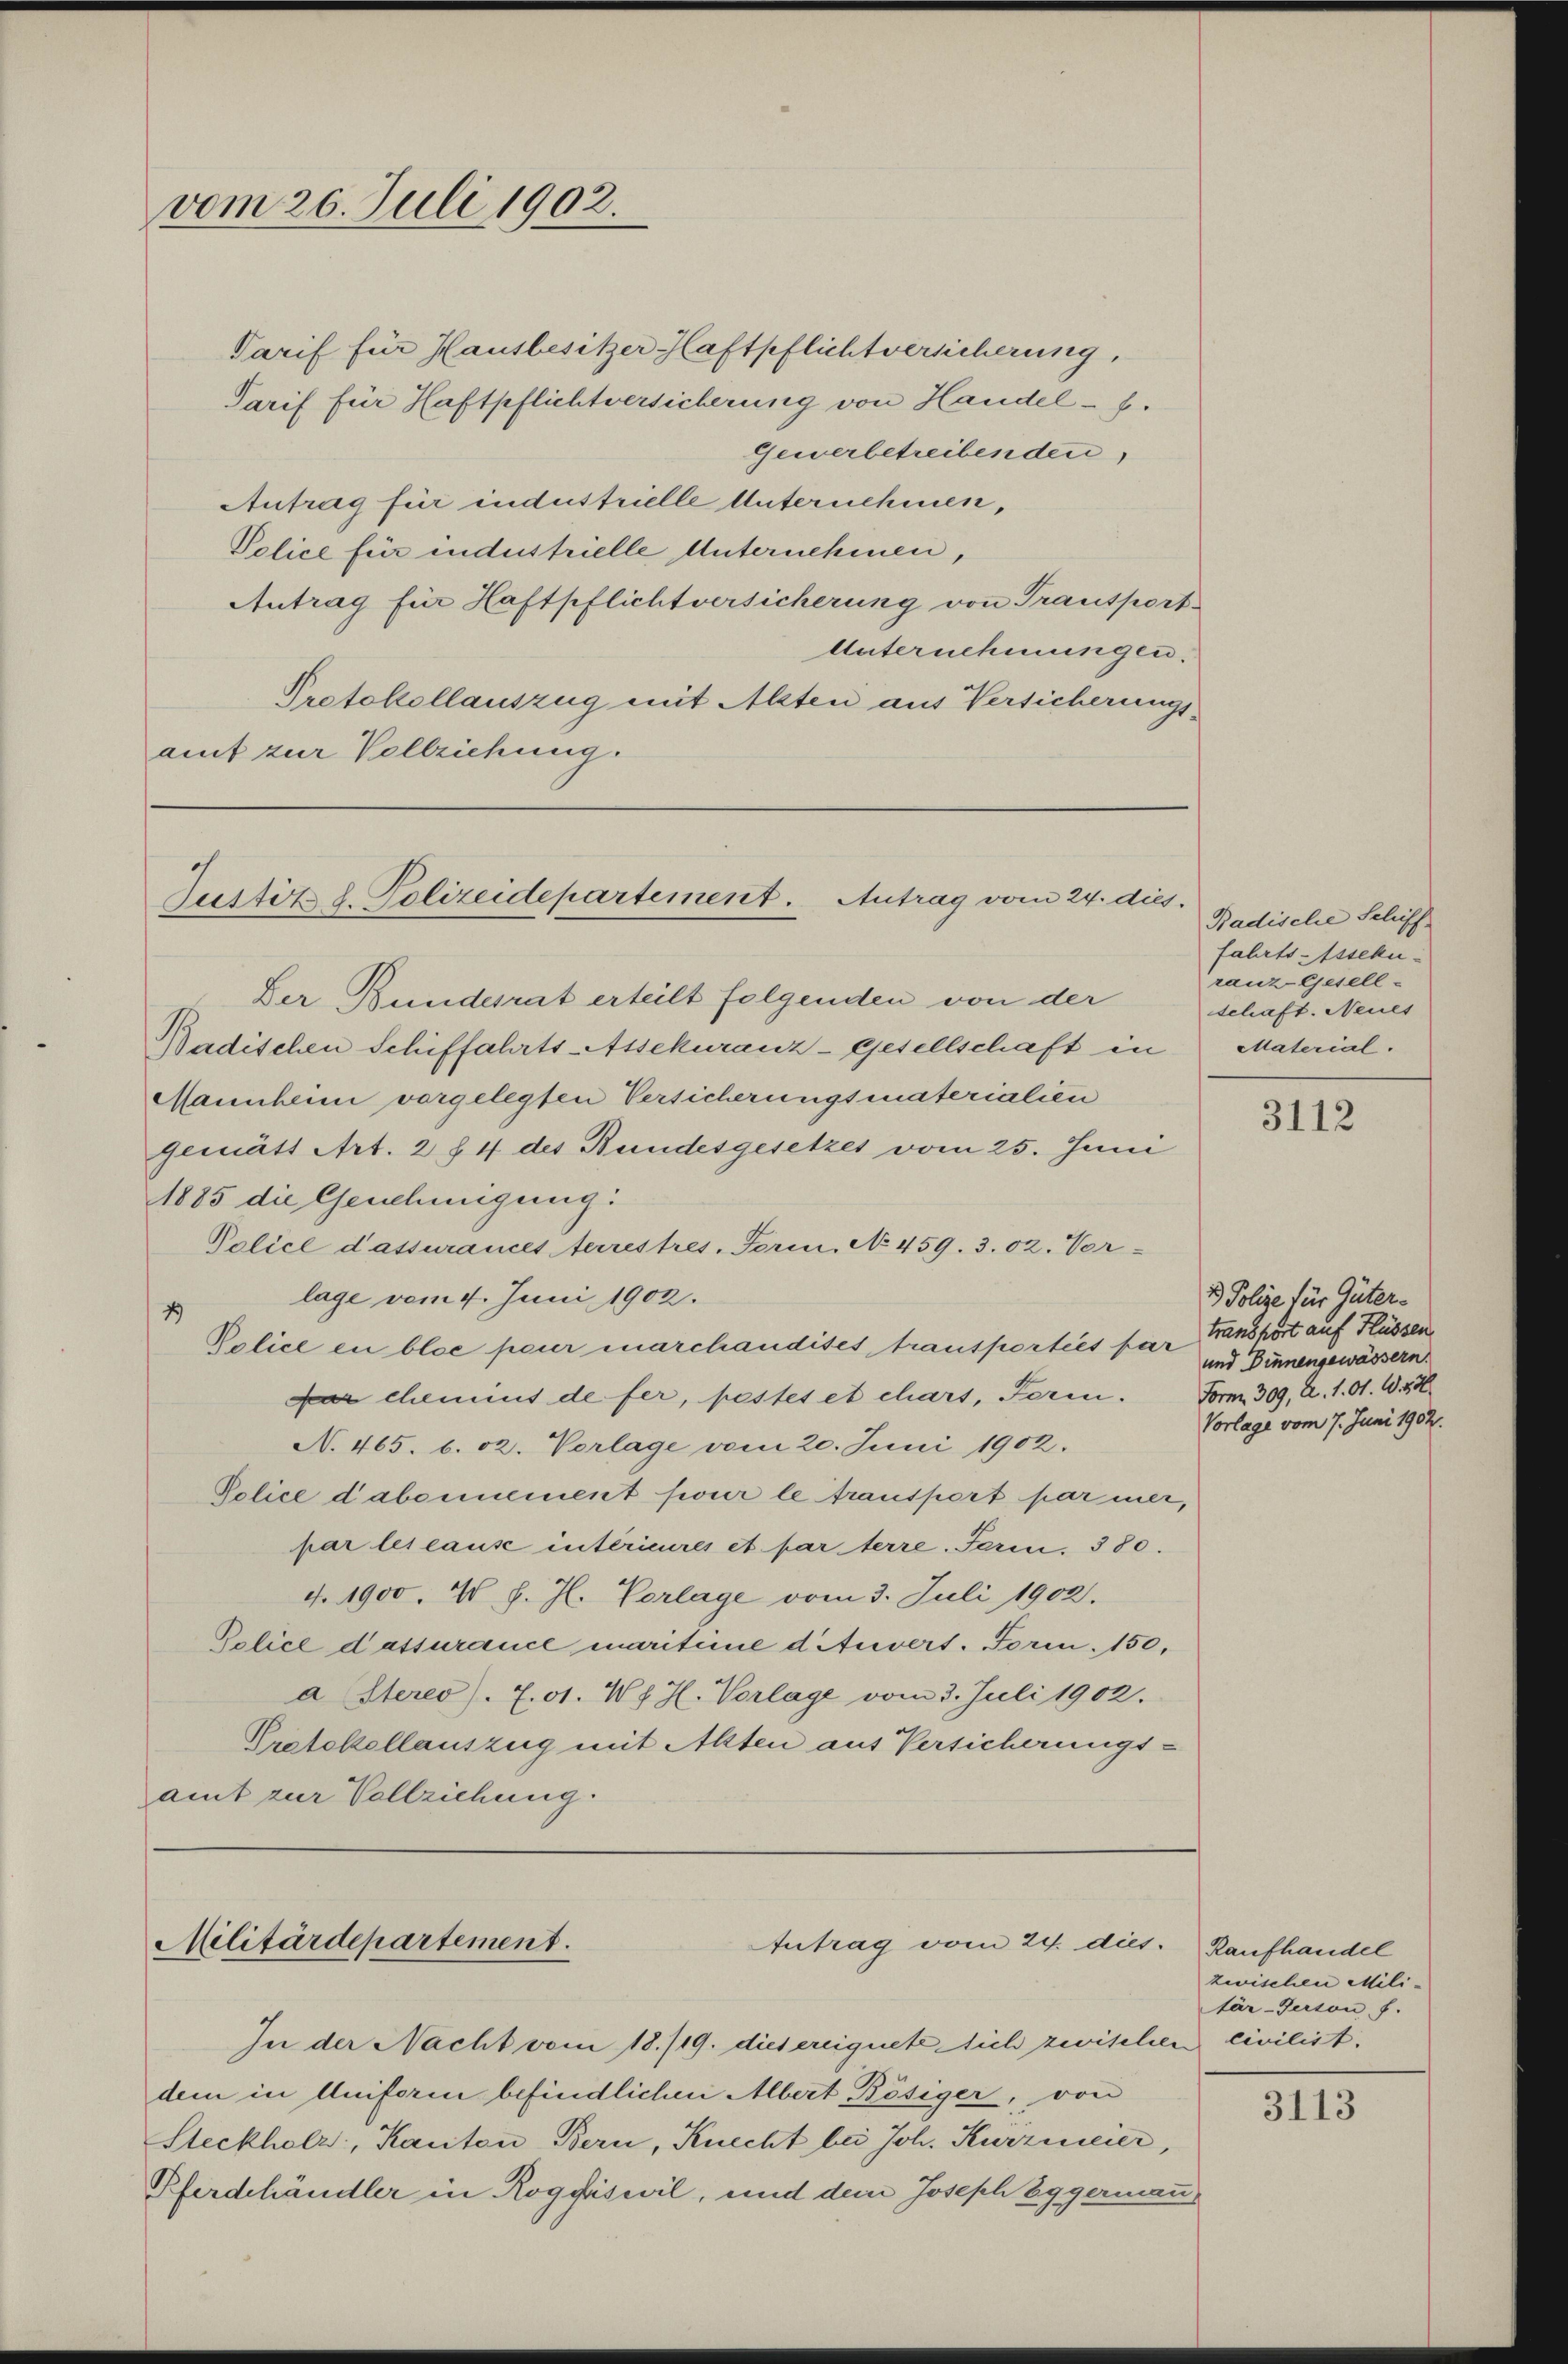
Tarif für Hausbesitzer Haftpflichtversicherung,
Tarif für Haftpflichtversicherung von Handel - f.
Gewerbetreibenden,
Antrag für industrielle Unternehmen,
Police für industrielle Unternehmen,
Antrag für Haftpflichtversicherung von Transport-
Unternehmungen.
Protokollauszug mit Allten aus Versicherungs-
auf zur Vollziehung.

vom 26. Juli 1902.

Justitz d. Polizeidepartement. Antrag vom 24. dies

Der Bundesrat erteilt folgenden von der
Badischen Schiffahrts-Assekuranz-Gesellschaft in
Mannheim vorgelegten Versicherungsmaterialien
gemätt Art. 2 § 4 des Bundesgesetzes vom 25. Juni
1885 die Genehmigung
Police d’assurances terrestres, Form, No 459. 302. Vor-
lage vom 4. Juni 1902.
1
Police en bloe peur marchandises transportées par Franzhört auf Flüssen
par chemins de fer, pestes et chart, Ferin. Form. 309, A. 1. O. S. 456.
N. 465. 6. 12. Vorlage vom 20. Juni 1902.
Police d’abonnement four le transport par mer,
par les cause intérieures et par terre. Farm. 380.
4. 1900. 4 f. J. Vorlage vom 3. Juli 1902.
Police d’assurance maritime d iuvers. Form. 150,
a Steres). 701. W. H. Vorlage vom 3. Juli 1902.
Protokollauszug mit Alten aus Versicherungs-
amt zur Vollziehung.

Militärdepartement.
Antrag vom 24. dies. Raufhandel

Badische Seluff
fahrts-Assekuranz Gesell-
schaft. Neues
Material.

3112

1. Polize für Güter-
und Binnengewässern.
Vorlage vom 7. Juni 1902.

zwischen Militär-Person f.

In der Nacht vom 18./19. dies ereignete sich zwischen civilist.
dem in Uniforen befindlichen Albert Bösiger, von
Steckholz, Kanton Bern, Knecht bei Joh. Kurzweier,
Pferdehändler in Roggiswil, und dem Joseph Eggerman

3113